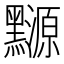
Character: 𪒳